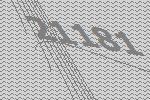
21181